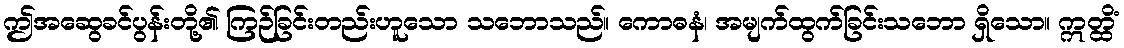
ဤအဆွေခင်ပွန်းတို့၏ ကြဉ်ခြင်းတည်းဟူသော သဘောသည်။ ကောဓနံ၊ အမျက်ထွက်ခြင်းသဘော ရှိသော။ ဣတ္ထိံ